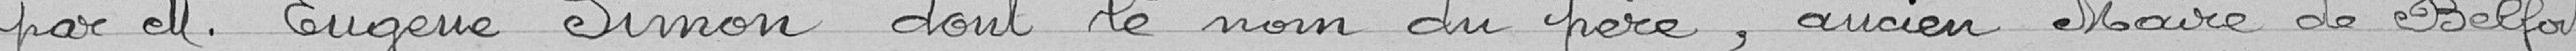
par M. Eugène Simon dont le nom du père, ancien Maire de Belfort